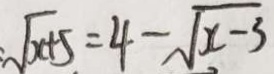
: \sqrt { x + 5 } = 4 - \sqrt { x - 3 }